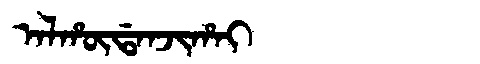
Manchu: ᠠᠯᡥᡡᡩᠠᠨᠵᡳᡥᠠᡳ
Romanization: ALHŪDANJIHAI